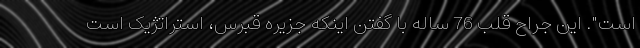
است". این جراح قلب 76 ساله با گفتن اینکه جزیره قبرس، استراتژیک است